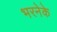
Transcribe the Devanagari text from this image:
भरनेके